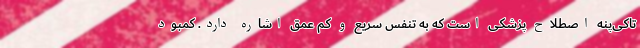
تاکی‌پنه اصطلاح پزشکی است که به تنفس سریع و کم عمق اشاره دارد. کمبود